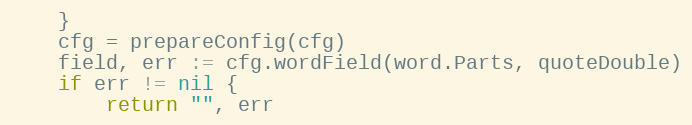
Language: Go
	}
	cfg = prepareConfig(cfg)
	field, err := cfg.wordField(word.Parts, quoteDouble)
	if err != nil {
		return "", err